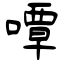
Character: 嘾